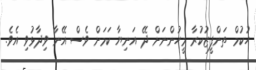
ހުކުމް ތަންފީޒުކުރާ މީހުންނަށް ދޭ އަނިޔާ ކަމަށް ވެސް އޭނާ ވިދާޅުވި އެވެ.